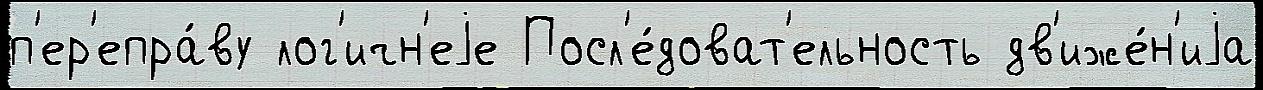
п'ер'епра́ву лог'ичн'еjе Посл'е́доват'ельность дв'иже́н'иjа